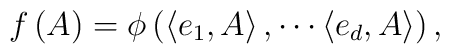
f\left( A\right) =\phi \left( \left\langle e_{1},A\right\rangle ,\cdots\left\langle e_{d},A\right\rangle \right) ,